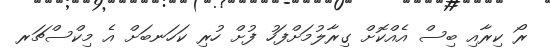
ރޯ ކިރާއި ބިސް އެއްކޮށް ގިރާލުމަށްފަހު ފުށް ހުރި ކަހަނބަށް އެ މިކްސްޗަރ